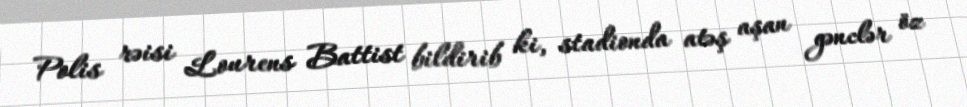
Polis rəisi Lourens Battist bildirib ki, stadionda atəş aşan gənclər öz